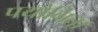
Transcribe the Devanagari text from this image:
पयोगिता